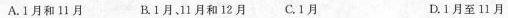
A.1月和11月 B1月、11月和12月 C.1月 D.1月至11月